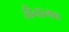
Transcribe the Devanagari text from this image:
जीनात्मक